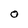
Character: O